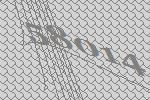
58014